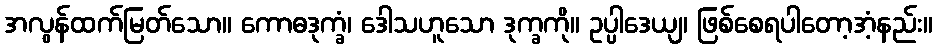
အလွန်ထက်မြတ်သော။ ကောဓဒုက္ခံ၊ ဒေါသဟူသော ဒုက္ခကို။ ဥပ္ပါဒေယျ၊ ဖြစ်စေရပါတော့အံ့နည်း။